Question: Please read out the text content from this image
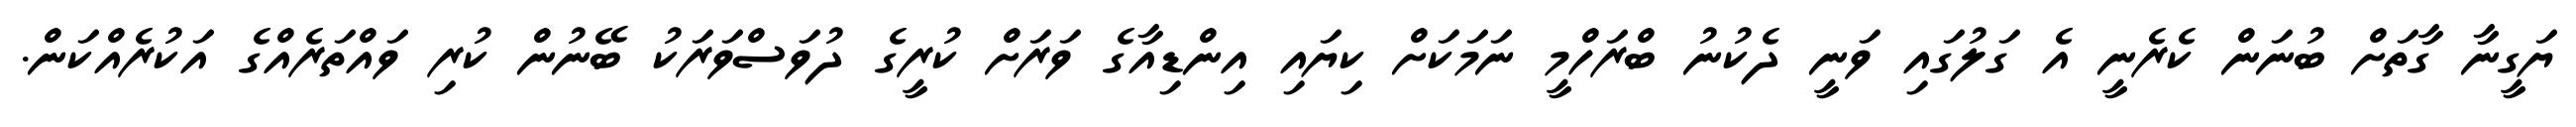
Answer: ޔަގީނާ ގާތަށް ބުނަން ކެރެނީ އެ ގަލުގައި ވަނީ ދެކުނު ބްރަހްމީ ނަމަކަށް ކިޔައި އިންޑިއާގެ ވަރަށް ކުރީގެ ދުވަސްވަރަކު ބޭނުން ކުރި ވައްތަރެއްގެ އަކުރެއްކަން.